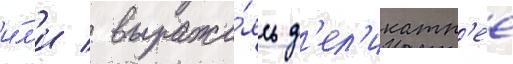
и́л'и / выража́ясь д'ел'икатн'ее